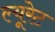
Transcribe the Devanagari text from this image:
ल्यूरेट